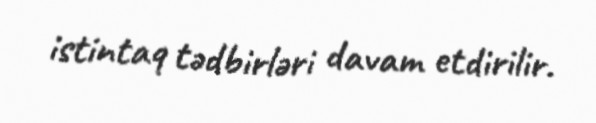
istintaq tədbirləri davam etdirilir.